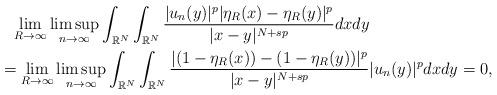
LaTeX: \begin{align*}&\phantom{=}\lim_{R\to\infty}\limsup_{n\to\infty}\int_{\mathbb{R}^N} \int_{\mathbb{R}^N}\frac{|u_n(y)|^p|\eta_R (x)-\eta_R (y)|^p}{|x-y|^{N+sp}}dxdy \\& = \lim_{R\to\infty}\limsup_{n\to\infty}\int_{\mathbb{R}^N} \int_{\mathbb{R}^N}\frac{|(1-\eta_R (x))-(1-\eta_R (y))|^p}{|x-y|^{N+sp}} |u_n(y)|^p dxdy =0,\end{align*}